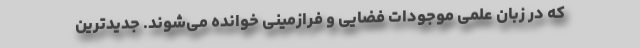
که در زبان علمی موجودات فضایی و فرازمینی خوانده می‌شوند. جدیدترین